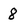
Character: 8